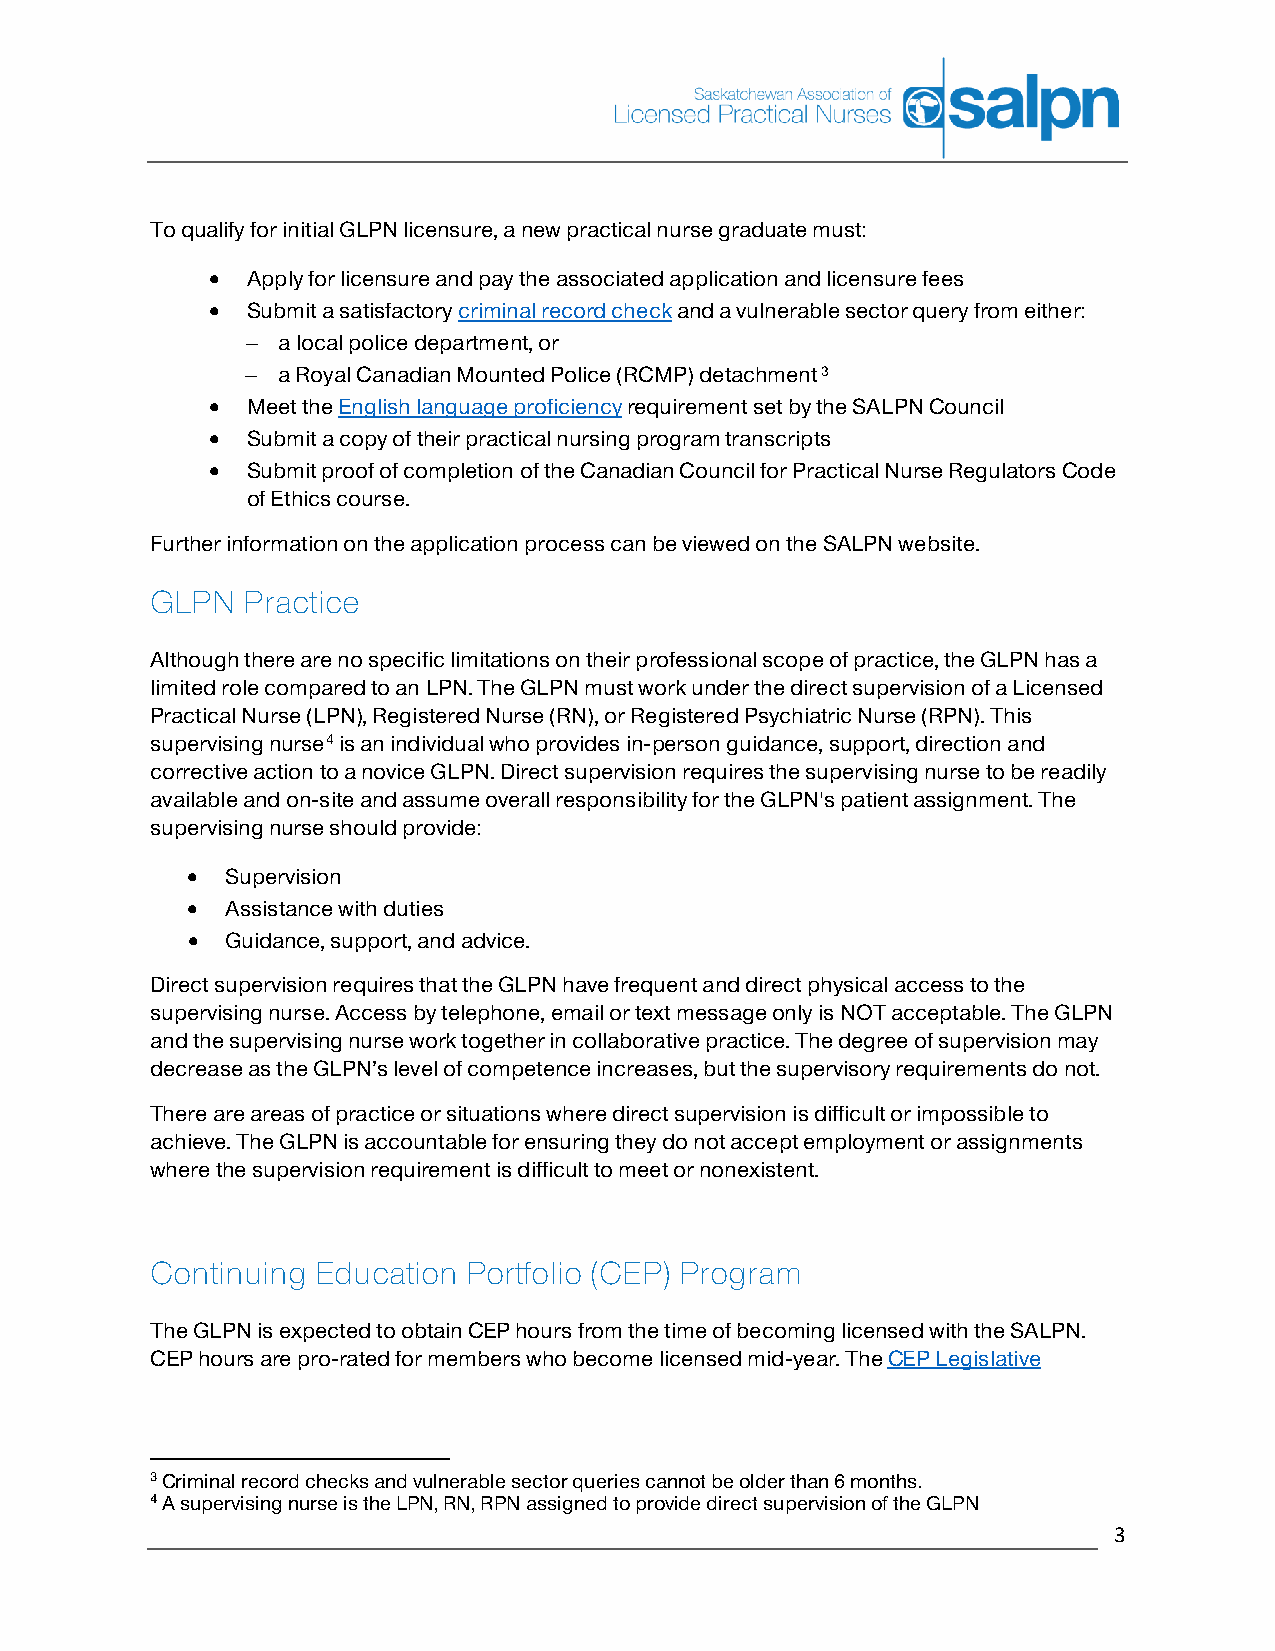
To qualify for initial GLPN licensure, a new practical nurse graduate must:
 • Apply for licensure and pay the associated application and licensure fees
 • Submit a satisfactory criminal record check and a vulnerable sector query from either:
 − a local police department, or
 − a Royal Canadian Mounted Police (RCMP) detachment3
 • Meet the English language proficiency requirement set by the SALPN Council
 • Submit a copy of their practical nursing program transcripts
 • Submit proof of completion of the Canadian Council for Practical Nurse Regulators Code
 of Ethics course.
 Further information on the application process can be viewed on the SALPN website.
 GLPN  Practice
 Although there are no specific limitations on their professional scope of practice, the GLPN has a
 limited role compared to an LPN. The GLPN must work under the direct supervision of a Licensed
 Practical Nurse (LPN), Registered Nurse (RN), or Registered Psychiatric Nurse (RPN). This
 supervising nurse4 is an individual who provides in-person guidance, support, direction and
 corrective action to a novice GLPN. Direct supervision requires the supervising nurse to be readily
 available and on-site and assume overall responsibility for the GLPN's patient assignment. The
 supervising nurse should provide:
 •  Supervision
 •  Assistance with duties
 •  Guidance, support, and advice.
 Direct supervision requires that the GLPN have frequent and direct physical access to the
 supervising nurse. Access by telephone, email or text message only is NOT acceptable. The GLPN
 and the supervising nurse work together in collaborative practice. The degree of supervision may
 decrease as the GLPN’s level of competence increases, but the supervisory requirements do not.
 There are areas of practice or situations where direct supervision is difficult or impossible to
 achieve. The GLPN is accountable for ensuring they do not accept employment or assignments
 where the supervision requirement is difficult to meet or nonexistent.
 Continuing Education Portfolio (CEP) Program
 The GLPN is expected to obtain CEP hours from the time of becoming licensed with the SALPN.
 CEP hours are pro-rated for members who become licensed mid-year. The CEP Legislative
 3 Criminal record checks and vulnerable sector queries cannot be older than 6 months.
 4 A supervising nurse is the LPN, RN, RPN assigned to provide direct supervision of the GLPN
 3